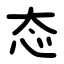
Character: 态